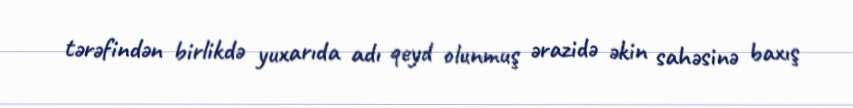
tərəfindən birlikdə yuxarıda adı qeyd olunmuş ərazidə əkin sahəsinə baxış